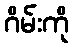
ဂိမ်းကို